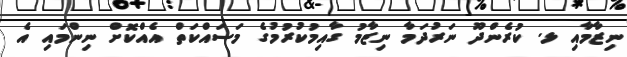
ނިޒާމާއި ޅ. ކުރެންދޫ ނަރުދަމާ ނިޒާމު ގާއިމުކުރުމުގެ މަސައްކަތް އެއްކޮށް ނިންމައި އެ